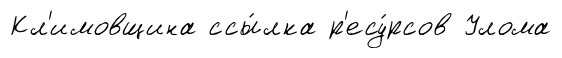
Кл'имовщина ссы́лка р'есу́рсов Улома